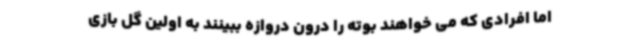
اما افرادی که می خواهند بوته را درون دروازه ببینند به اولین گل بازی